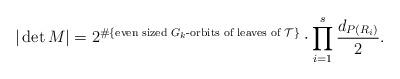
LaTeX: \begin{align*} |\det M|=2^{\# \{\textup{even sized }G_k\textup{-orbits of leaves of }\mathcal{T}\}}\cdot \prod_{i=1}^s\frac{d_{P(R_i)}}{2}.\end{align*}